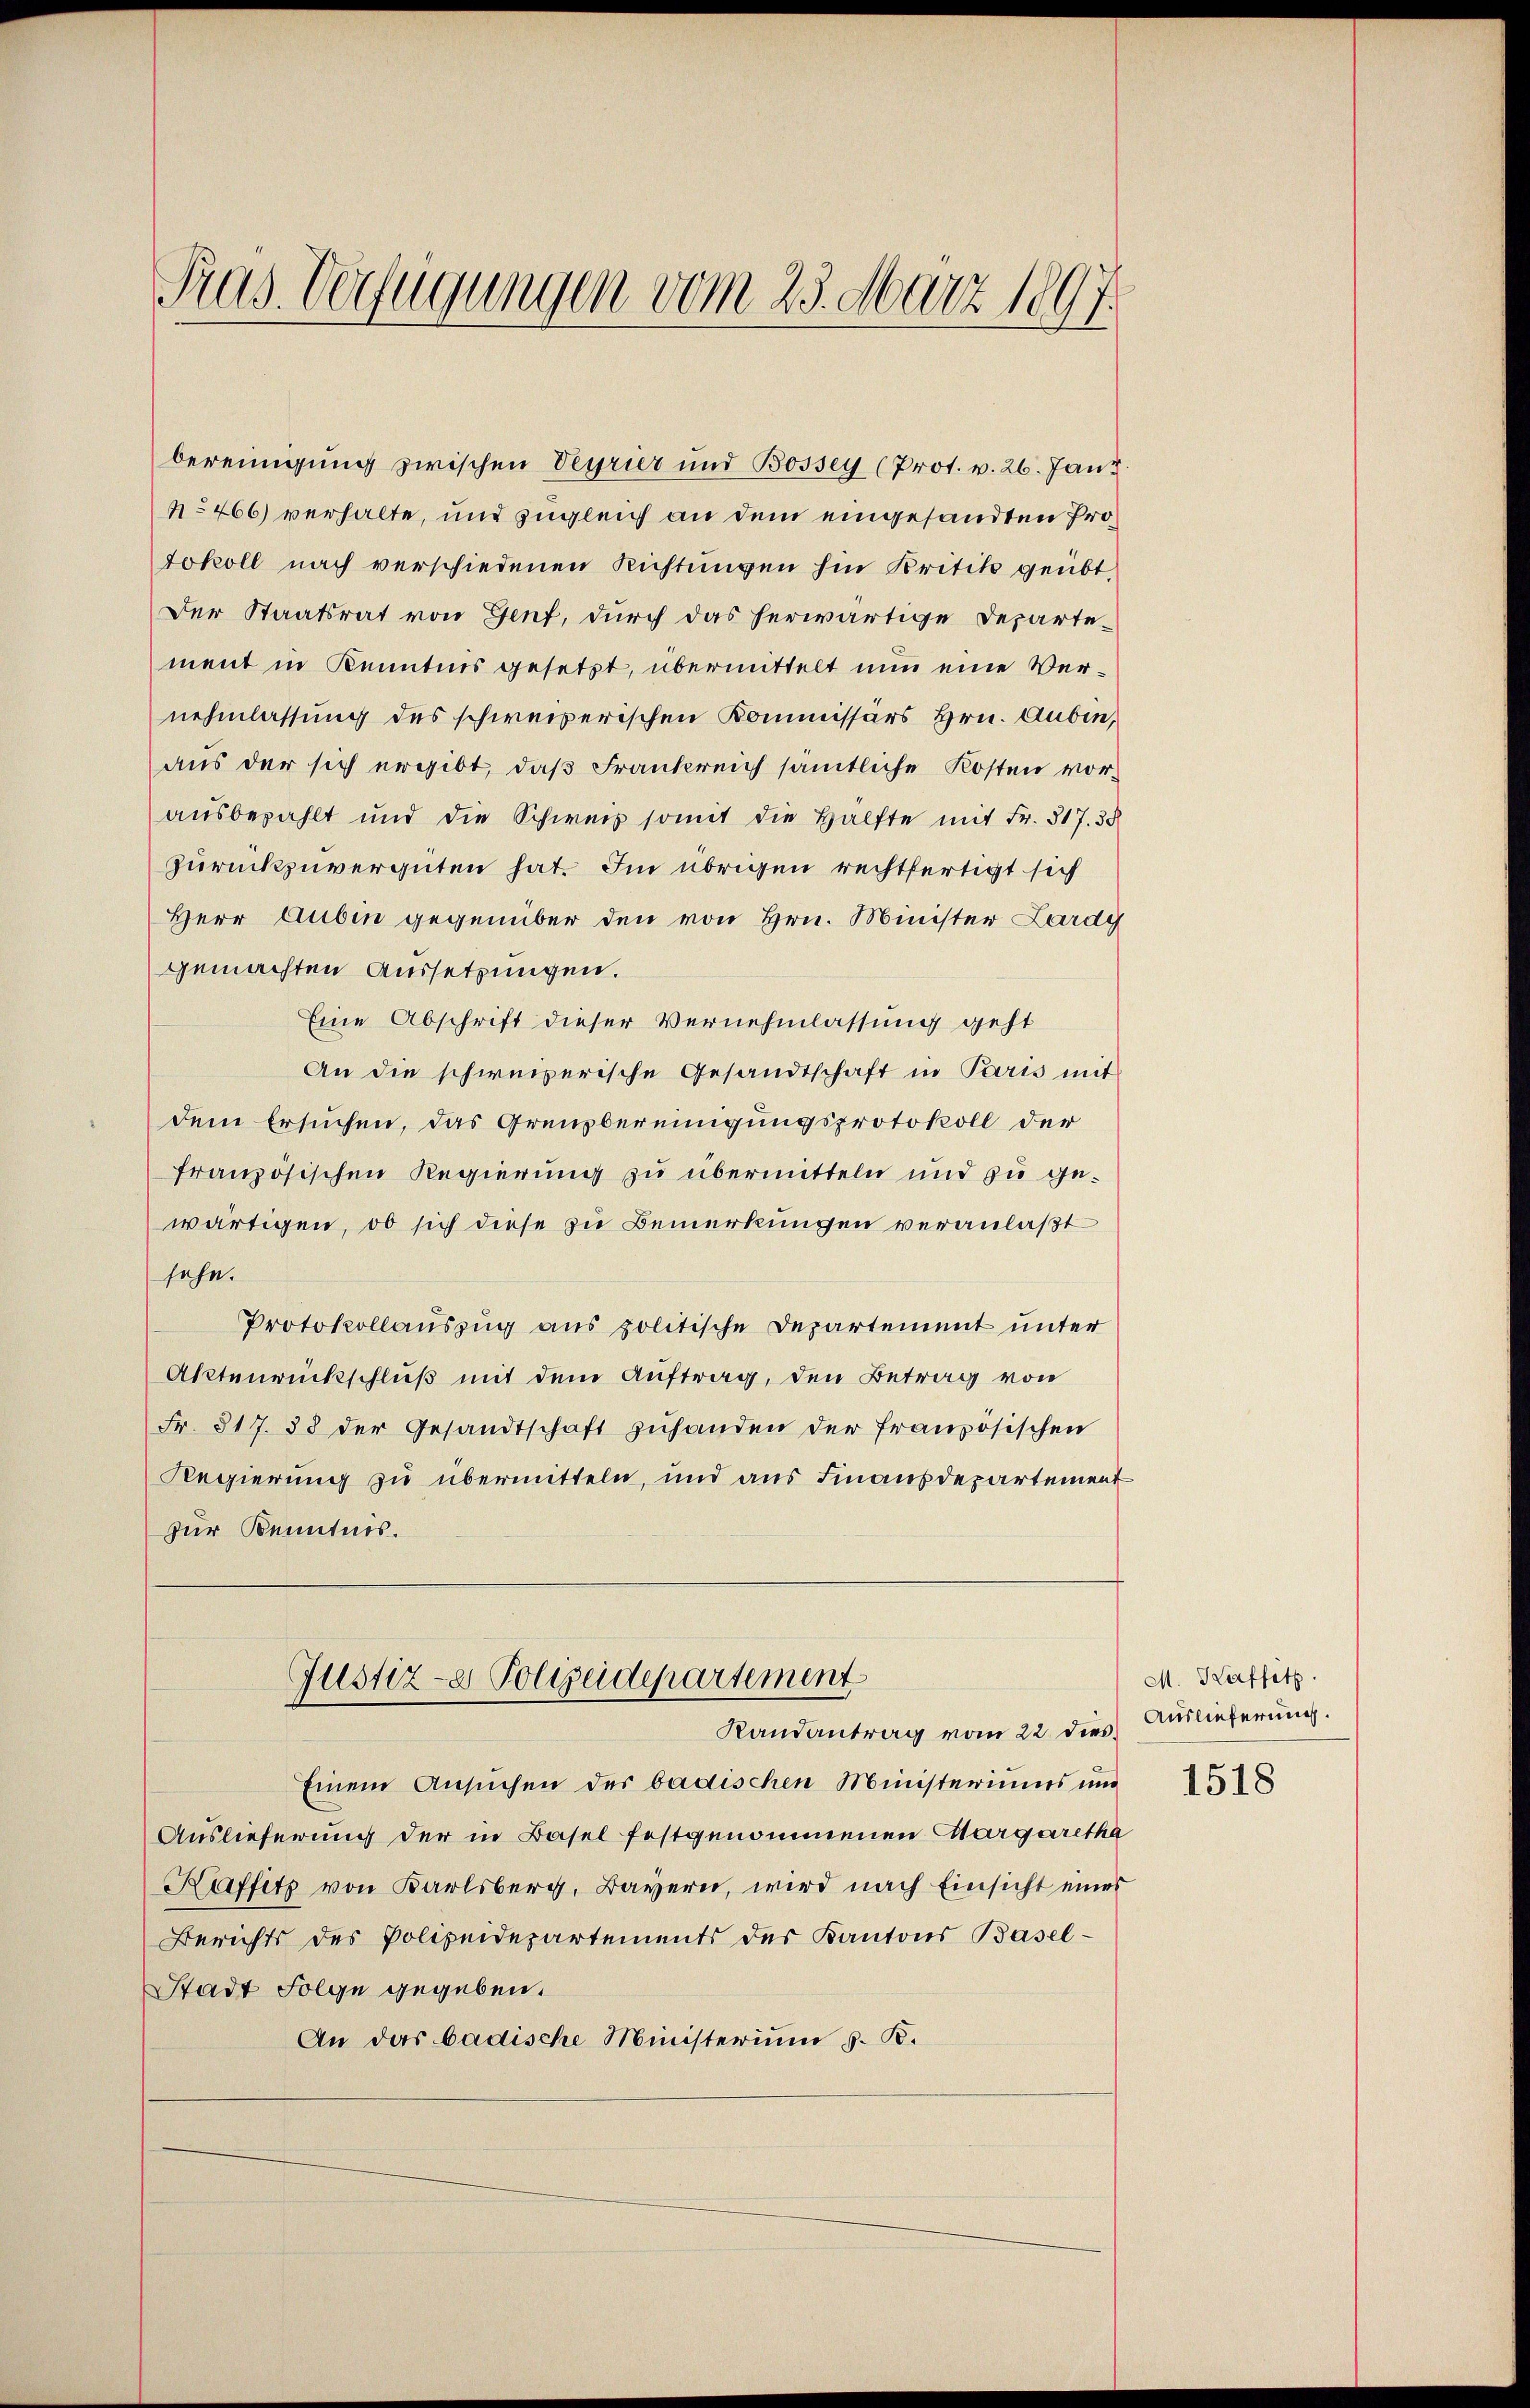
bereinigung zwischen Verrier und Bossey (Prot. v. 26. Janz
No 466) verhalte, und zugleich an dem eingesandten Protokoll nach verschiedenen Richtungen hin Kritik geübt
Der Staatsrat von Genf, durch das herwärtige Departe-
ment in Kenntnis gesetzt, übermittelt nun eine Vernehmlassung des schweizerischen Kommissärs Hrn. Aubin,
aus der sich ergibt, daß Frankreich sämtliche Kosten vorausbezahlt und die Schweiz somit die Hälfte mit Fr. 317. 38
zurückzuvergüten hat. Im übrigen rechtfertigt sich
Herr Aubin gegenüber den von Hrn. Minister Lardy
gemachten Aussetzungen.
Eine Abschrift dieser Vernehmlassung geht
An die schweizerische Gesandtschaft in Paris mit
dem Ersuchen, das Grenzbereinigungsprotokoll der
französischen Regierung zu übermitteln und zu gewärtigen, ob sich diese zu Bemerkungen veranlaßt
sehn.
Protokollauszug aus politische Departement unter
Aktenrückschluß mit dem Auftrag, den Betrag von
Fr. 317. 38 der Gesandtschaft zuhanden der französischen
Regierung zu übermitteln, und aus Finanzdepartement
zur Kenntnis.

Pras Verfügungen vom 23. März 1897.

Justiz- & Polizeidepartement
Randantrag vom 22 dies

Einem Ansuchen der badischen Ministeriums und
Auslieferung der in Basel festgenommenen Margaretha
Kaffitz von Karlsberg, Bayern, wird nach Einsicht eines
Berichts des Polizeidepartements der Kantons Basel-
Stadt Folge gegeben.
An das badische Ministerium d. B.

M. Haffitz
Auslieferung.

1518